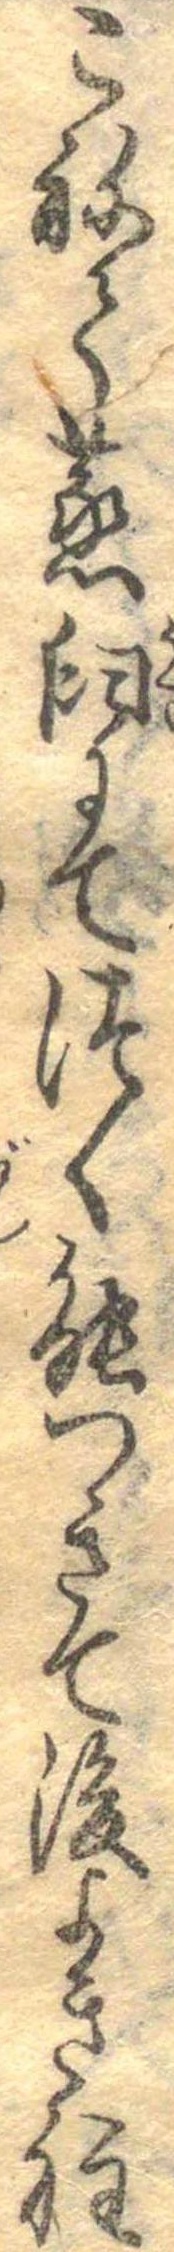
こねて蒸臼にてつく能つきて後よき程